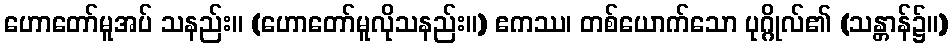
ဟောတော်မူအပ် သနည်း။ (ဟောတော်မူလိုသနည်း။) ဧကဿ၊ တစ်ယောက်သော ပုဂ္ဂိုလ်၏ (သန္တာန်၌။)